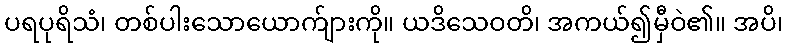
ပရပုရိသံ၊ တစ်ပါးသောယောက်ျားကို။ ယဒိသေဝတိ၊ အကယ်၍မှီဝဲ၏။ အပိ၊